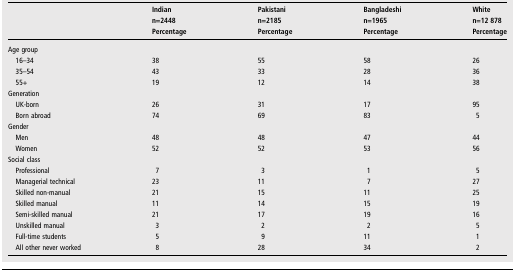
|  | Indian | Pakistani | Bangladeshi | White |
 |  | n=2448 | n=2185 | n=1965 | n=12 878 |
 |  | Percentage | Percentage | Percentage | Percentage |
 | --- | --- | --- | --- | --- |
 | <COLSPAN=5> Age group |
 | 16–34 | 38 | 55 | 58 | 26 |
 | 35–54 | 43 | 33 | 28 | 36 |
 | 55+ | 19 | 12 | 14 | 38 |
 | <COLSPAN=5> Generation |
 | UK-born | 26 | 31 | 17 | 95 |
 | Born abroad | 74 | 69 | 83 | 5 |
 | <COLSPAN=5> Gender |
 | Men | 48 | 48 | 47 | 44 |
 | Women | 52 | 52 | 53 | 56 |
 | <COLSPAN=5> Social class |
 | Professional | 7 | 3 | 1 | 5 |
 | Managerial technical | 23 | 11 | 7 | 27 |
 | Skilled non-manual | 21 | 15 | 11 | 25 |
 | Skilled manual | 11 | 14 | 15 | 19 |
 | Semi-skilled manual | 21 | 17 | 19 | 16 |
 | Unskilled manual | 3 | 2 | 2 | 5 |
 | Full-time students | 5 | 9 | 11 | 1 |
 | All other never worked | 8 | 28 | 34 | 2 |